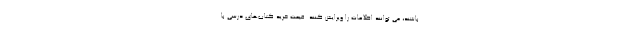
باشند، می توانند اطلاعات را ویرایش کنند. قیمت خرید کتاب‌های درسی با